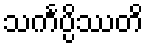
သင်္ကပ္ပိဿတိ